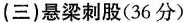
(三)悬梁刺股(36分)